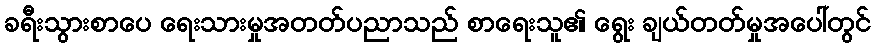
ခရီးသွားစာပေ ရေးသားမှုအတတ်ပညာသည် စာရေးသူ၏ ရွေး ချယ်တတ်မှုအပေါ်တွင်